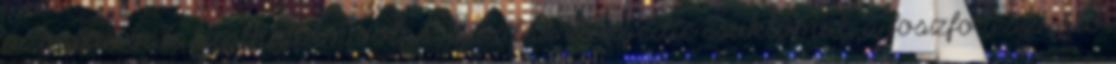
azonban válaszolhattam volna, az alak elengedte csuklómat, a foszforeszkáló